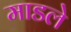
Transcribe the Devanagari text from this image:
माडले